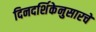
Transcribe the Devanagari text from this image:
दिनदर्शिकेनुसारचे